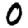
Digit: 0